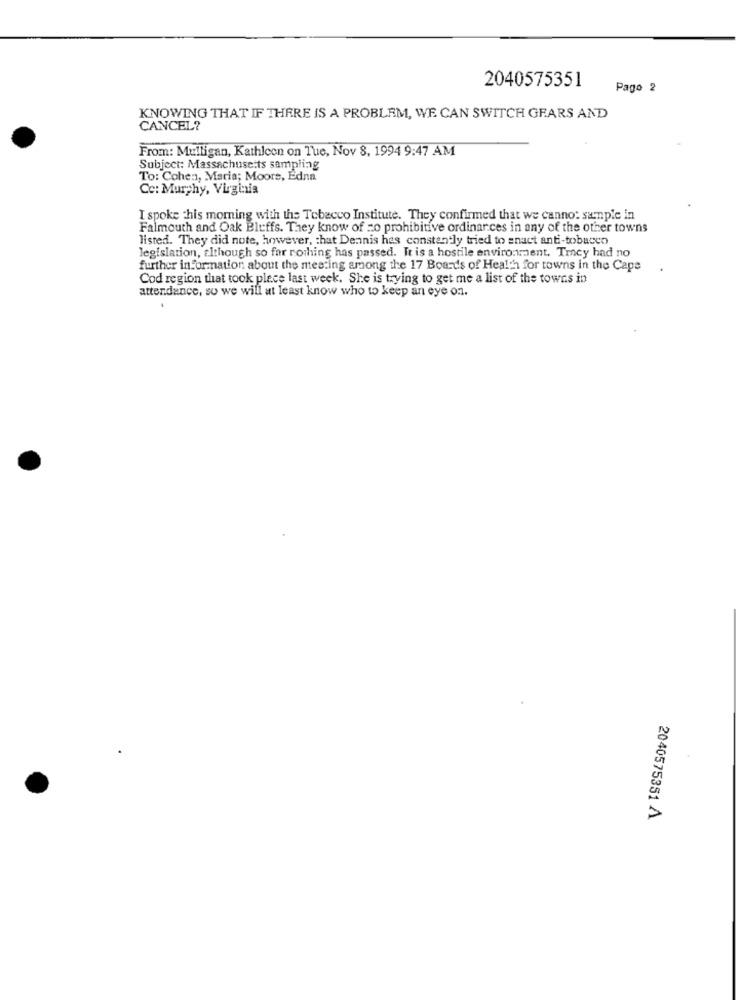
2040575351
Pago 2
KNOWING THAT IF THERE IS A PROBLEM, WE CAN SWITCH GEARS AND
CANCEL?
From: Mulligan, Kathleen on Tue, Nov 8, 1994 9:47 AM
Subject: Massachusetts sampling
To: Cohen, Maria; Moors, Edna
Cc: Murphy, Virginia
I spoke this morning with the Tobacco Institute. They confirmed that we cannot sample in
Falmouth and Oak Bluffs. They know of co prohibitive ordinances in any of the other towns
listed. They did note, however, that Dennis hes constantly tried to enact anti-tobacco
legislation, tithough so far nothing has passed. It is a hostile environment. Trey had no
further information about the meeting among the 17 Boards of Health for towns in the Cape
Cod region that took place last week. She is trying to get me a list of the towns in
attendance, so we will at least know who to keep an eye on.
2040575351 /